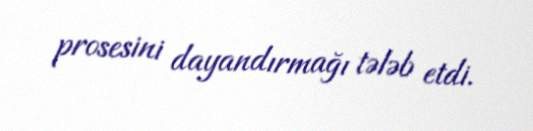
prosesini dayandırmağı tələb etdi.